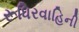
રૂધિરવાહિની